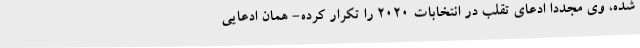
شده، وی مجدداً ادعای تقلب در انتخابات ۲۰۲۰ را تکرار کرده- همان ادعایی